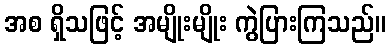
အစ ရှိသဖြင့် အမျိုးမျိုး ကွဲပြားကြသည်။